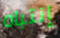
إنتباه